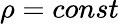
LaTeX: \rho=const